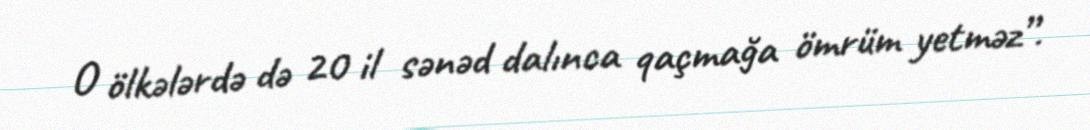
O ölkələrdə də 20 il sənəd dalınca qaçmağa ömrüm yetməz”.